Scottish Leaving Certificate Examination, 1959
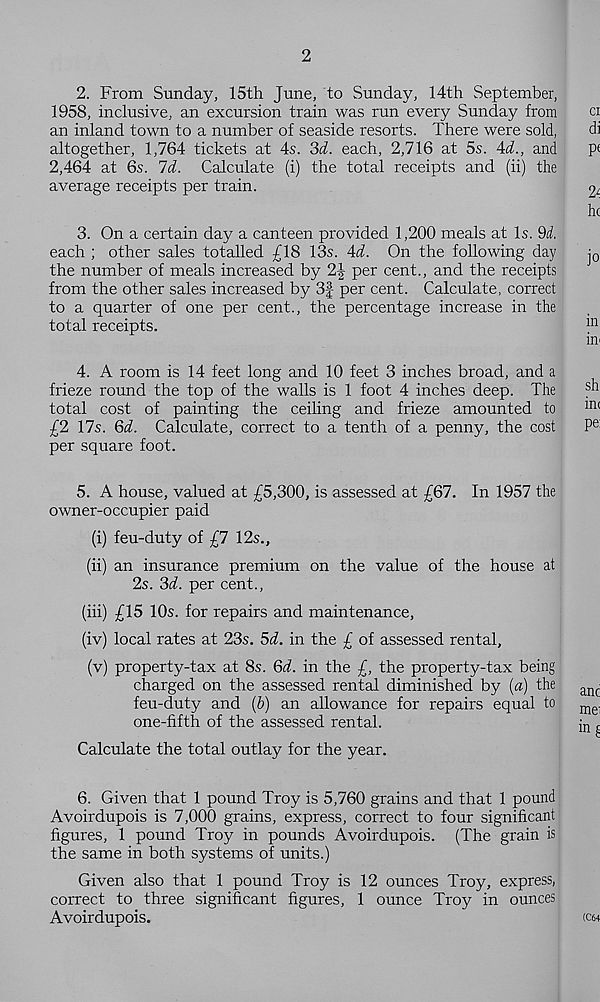
2
2. From Sunday, 15th June, to Sunday, 14th September,
1958, inclusive, an excursion train was run every Sunday from
ci
an inland town to a number of seaside resorts. There were sold,
di
altogether, 1,764 tickets at 4s. 3d. each, 2,716 at 5s. Ad., and
p<
2,464 at 6s. Id. Calculate (i) the total receipts and (ii) the
average receipts per train.
2/
he
3. On a certain day a canteen provided 1,200 meals at Is. 9d.
each ; other sales totalled £18 13s. 4i. On the following day
j 0
the number of meals increased by 2-1 per cent., and the receipts
from the other sales increased by 3J per cent. Calculate, correct
to a quarter of one per cent., the percentage increase in the
total receipts.
m
in^
4. A room is 14 feet long and 10 feet 3 inches broad, and a
frieze round the top of the walls is 1 foot 4 inches deep. The
total cost of painting the ceiling and frieze amounted to
m<
£2 17s. 6d. Calculate, correct to a tenth of a penny, the cost
P e
per square foot.
5. A house, valued at £5,300, is assessed at £67. In 1957 the
owner-occupier paid
(i) feu-duty of £7 12s.,
(ii) an insurance premium on the value of the house at
2s. 3d. per cent.,
(hi) £15 10s. for repairs and maintenance,
(iv) local rates at 23s. 5d. in the £ of assessed rental,
(v) property-tax at 8s. 6d. in the £, the property-tax being
charged on the assessed rental diminished by (a) the
feu-duty and (b) an allowance for repairs equal to
one-fifth of the assessed rental.
Calculate the total outlay for the year.
6. Given that 1 pound Troy is 5,760 grains and that 1 pound
Avoirdupois is 7,000 grains, express, correct to four significant
figures, 1 pound Troy in pounds Avoirdupois. (The grain is
the same in both systems of units.)
Given also that 1 pound Troy is 12 ounces Troy, express,
correct to three significant figures, 1 ounce Troy in ounces
Avoirdupois.
(C64